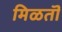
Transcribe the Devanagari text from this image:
मिळतॊ